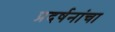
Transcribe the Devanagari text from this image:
प्रदर्षनांचा